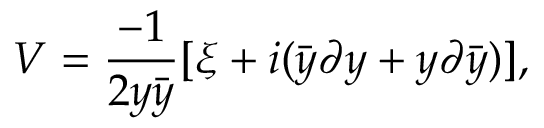
V = { \frac { - 1 } { 2 y \bar { y } } } [ \xi + i ( \bar { y } \partial y + y \partial \bar { y } ) ] ,